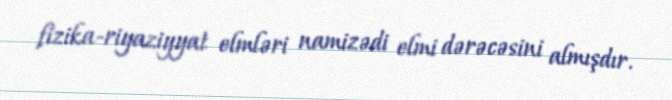
fizika-riyaziyyat elmləri namizədi elmi dərəcəsini almışdır.